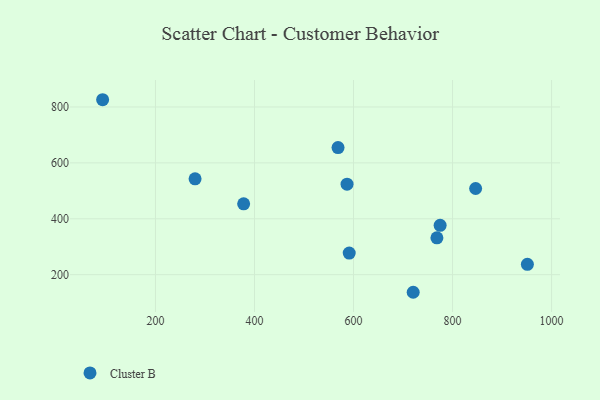
{"axis": {"x": "Investment", "y": "Sales"}, "legend": ["Cluster B"], "data": [{"x": "378.1", "y": 453.4, "type": "Cluster B"}, {"x": "846.6", "y": 508.3, "type": "Cluster B"}, {"x": "280.0", "y": 542.8, "type": "Cluster B"}, {"x": "720.5", "y": 137.1, "type": "Cluster B"}, {"x": "591.3", "y": 277.4, "type": "Cluster B"}, {"x": "951.1", "y": 237.2, "type": "Cluster B"}, {"x": "768.4", "y": 331.8, "type": "Cluster B"}, {"x": "93.3", "y": 825.9, "type": "Cluster B"}, {"x": "568.7", "y": 654.8, "type": "Cluster B"}, {"x": "774.9", "y": 376.5, "type": "Cluster B"}, {"x": "586.9", "y": 523.7, "type": "Cluster B"}]}